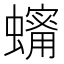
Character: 𧒫